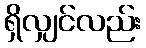
ရှိလျှင်လည်း